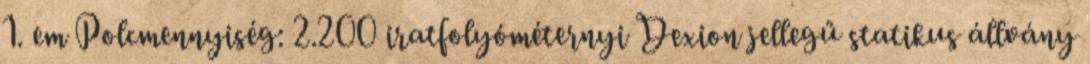
1. em Polcmennyiség: 2.200 iratfolyóméternyi Dexion jellegű statikus állvány